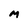
Character: M